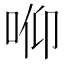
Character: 𱒟